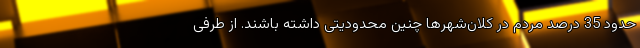
حدود 35 درصد مردم در کلان‌شهرها چنین محدودیتی داشته باشند. از طرفی